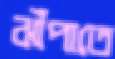
ঝাঁপাতে